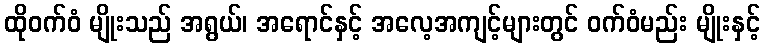
ထိုဝက်ဝံ မျိုးသည် အရွယ်၊ အရောင်နှင့် အလေ့အကျင့်များတွင် ဝက်ဝံမည်း မျိုးနှင့်